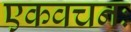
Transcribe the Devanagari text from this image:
एकवचनः